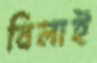
বিলাই